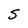
Character: S